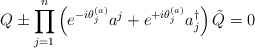
\begin{align*}Q\pm \prod_{j=1}^n\left( e^{-i\theta_j^{(a)}}a^{j} +e^{+i\theta_j^{(a)}}a^\dagger_{j}\right)\tilde Q=0\end{align*}